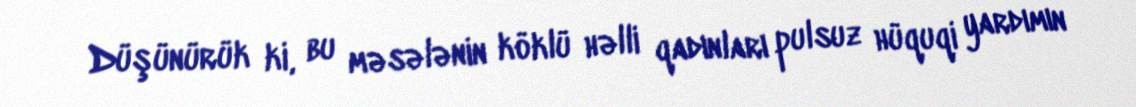
Düşünürük ki, bu məsələnin köklü həlli qadınları pulsuz hüquqi yardımın